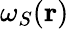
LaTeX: \omega_{S}(\mathbf r)